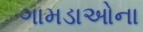
ગામડાઓના